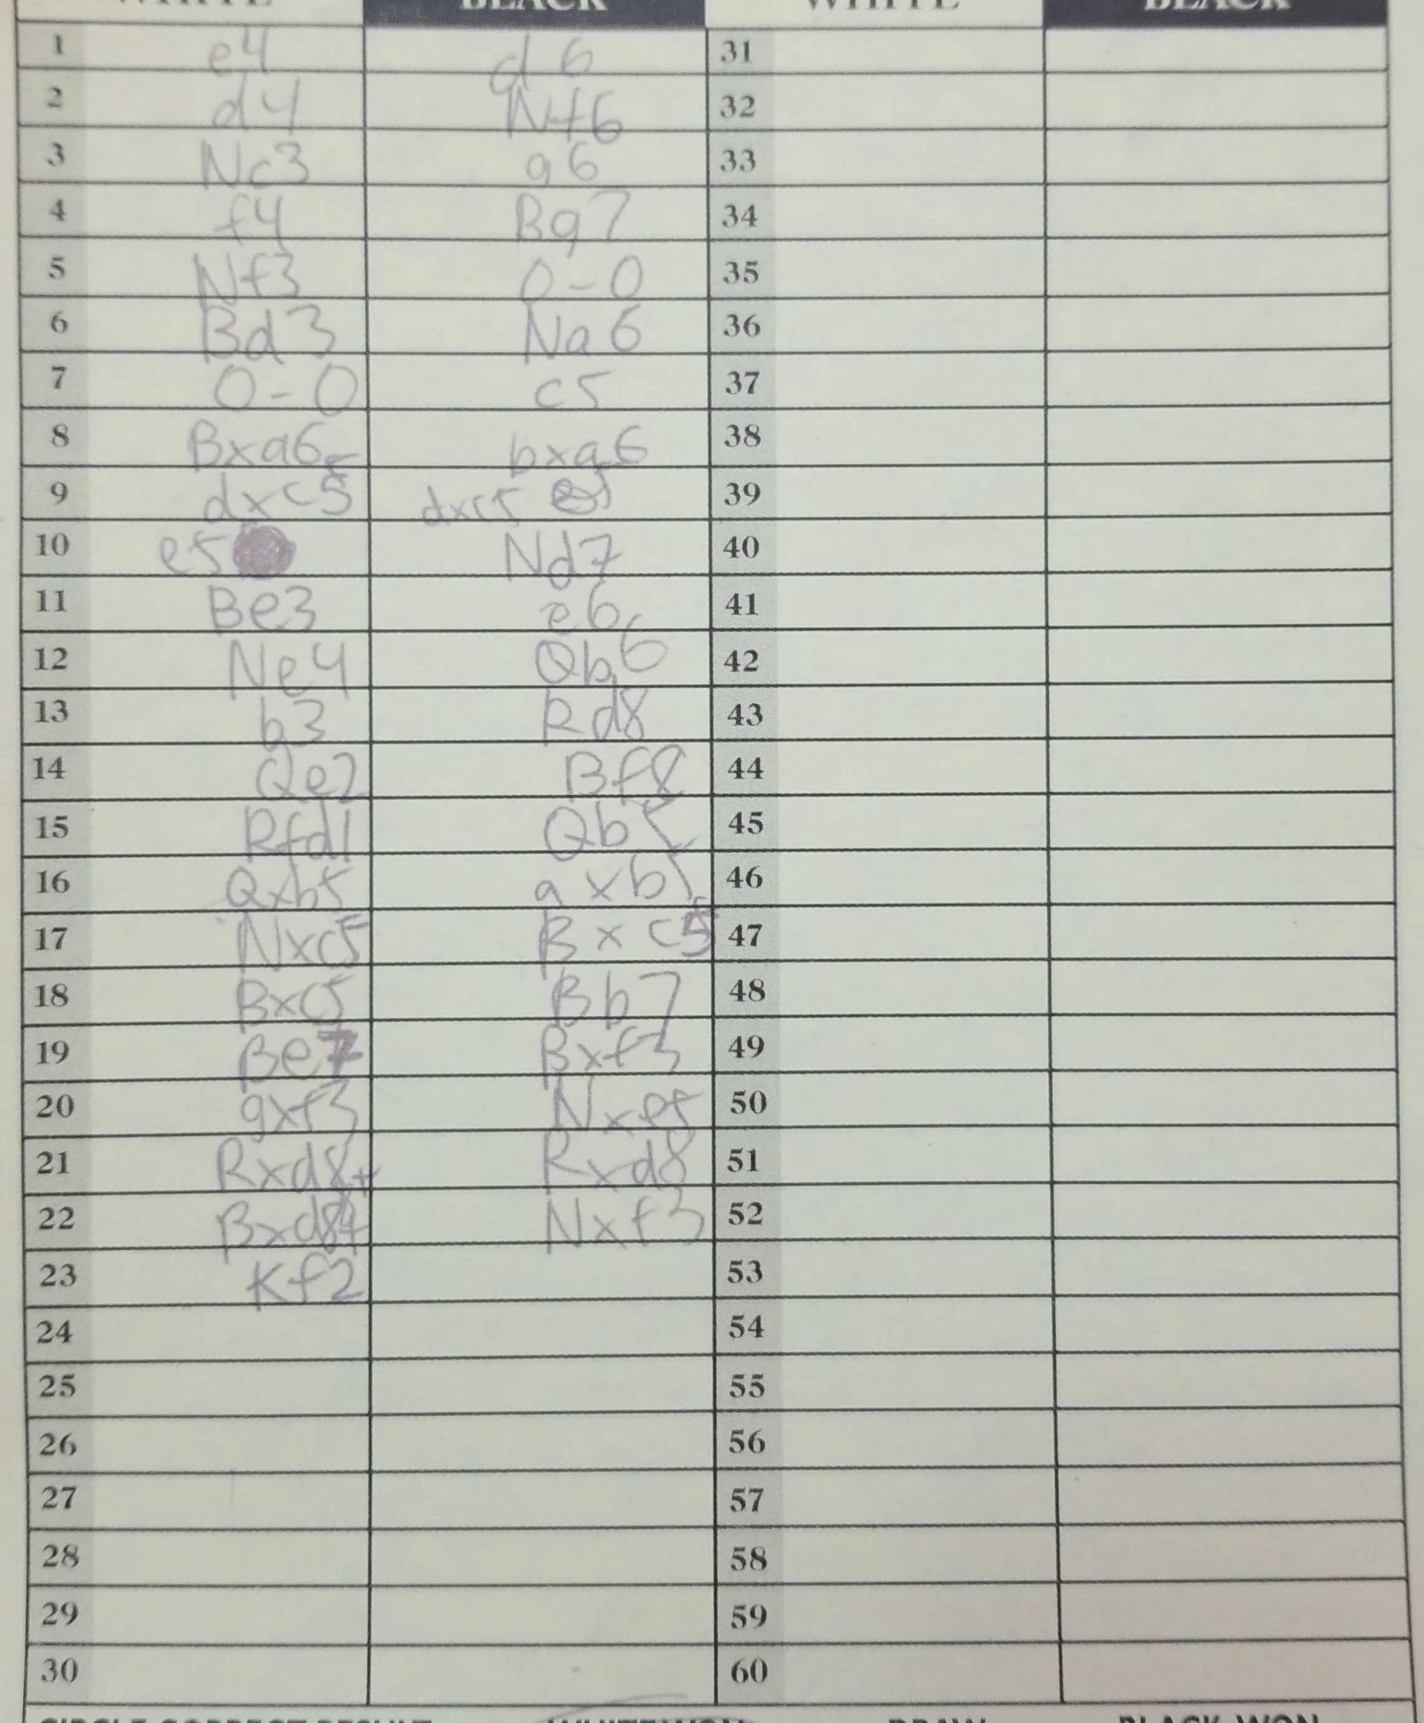
Moves: e4 d6 d4 Nf6 Nc3 g6 f4 Bg7 Nf3 O-O Bd3 Na6 O-O c5 Bxa6 bxa6 dxc5 dxc5 e5 Nd7 Be3 e6 Ne4 Qb6 b3 Rd8 Qe2 Bf8 Rdf1 Qb5 Qxb5 axb5 Nxc5 Bxc5 Bxc5 Bb7 Be7 Bxf3 gxf3 Nxe5 Rxd8+ Rxd8 Bxd8+ Nxf3 Kf2